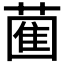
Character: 𮐩